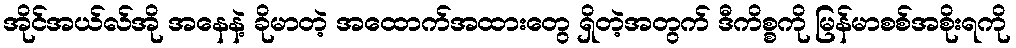
အိုင်အယ်လ်အို အနေနဲ့ ခိုမာတဲ့ အထောက်အထားတွေ ရှိတဲ့အတွက် ဒီကိစ္စကို မြန်မာစစ်အစိုးရကို